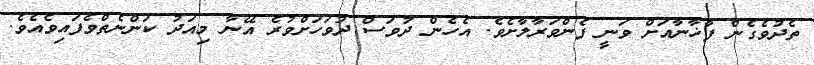
ތެދުވެގެން ފާޚާނާއަށް ވަނީ ފެންވަރާލާށެވެ. އެހެން ދުވަސް ދުވަހަށްވުރެ އޭނާ މިއަދު ކަންނެތްވެފައިވެއެވެ.